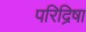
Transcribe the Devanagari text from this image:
परिद्रिषा